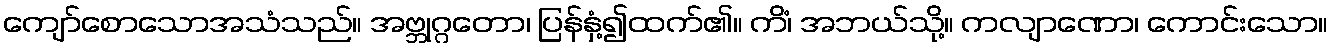
ကျော်စောသောအသံသည်။ အဗ္ဘုဂ္ဂတော၊ ပြန်နှံ့၍ထက်၏။ ကိံ၊ အဘယ်သို့။ ကလျာဏော၊ ကောင်းသော။